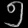
Digit: ၅